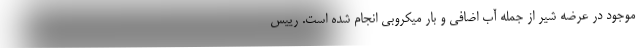
موجود در عرضه شیر از جمله آب اضافی و بار میکروبی انجام شده است. رییس